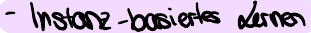
- Instanz-basiertes Lernen